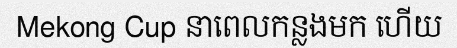
Mekong Cup នាពេលកន្លងមក ហើយ